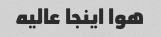
هوا اینجا عالیه